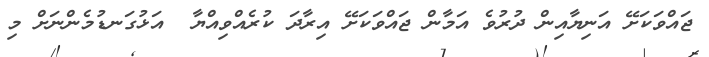
ޖައްވަކަށޭ އަނިޔާއިން ދުރުވެ އަމާން ޖައްވަކަށޭ އިރާދަ ކުރެއްވިއްޔާ  އަޅުގަނޑުމެންނަށް މި